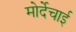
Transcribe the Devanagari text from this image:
मोर्देचाई